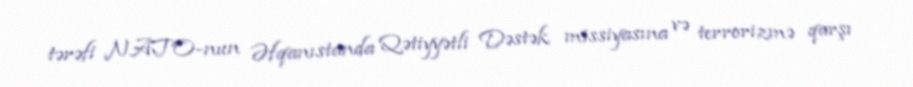
tərəfi NATO-nun Əfqanıstanda Qətiyyətli Dəstək missiyasına və terrorizmə qarşı